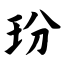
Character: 玢